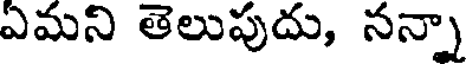
ఎమని తెలుపుదు, నన్నా